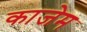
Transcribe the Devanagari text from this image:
काजेम